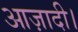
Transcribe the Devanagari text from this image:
आज़ादी।